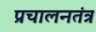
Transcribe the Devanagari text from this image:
प्रचालनतंत्र